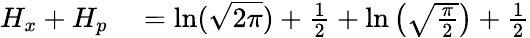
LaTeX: \begin{array}{rl}{H_{x}+H_{p}}&{{}=\ln({\sqrt{2\pi}})+{\frac{1}{2}}+\ln\left({\sqrt{\frac{\pi}{2}}}\right)+{\frac{1}{2}}}\end{array}